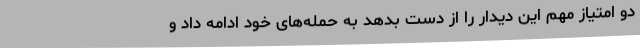
دو امتیاز مهم این دیدار را از دست بدهد به حمله‌های خود ادامه داد و